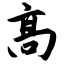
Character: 高